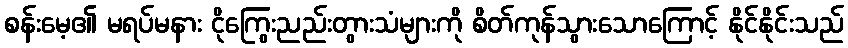
စန်းမေ့၏ မရပ်မနား ငိုကြွေးညည်းတွားသံများကို စိတ်ကုန်သွားသောကြောင့် နိုင်နိုင်းသည်